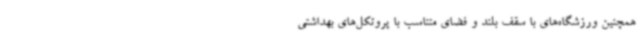
همچنین ورزشگاه‌های با سقف بلند و فضای متناسب با پروتکل‌های بهداشتی